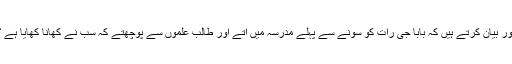
اور بیان کرتے ہیں کہ بابا جی رات کو سونے سے پہلے مدرسہ میں آتے اور طالب علموں سے پوچھتے کہ سب نے کھانا کھایا ہے ؟